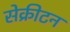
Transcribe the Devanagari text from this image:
सेक्रीटन